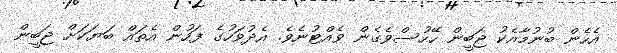
އެހެން ބުނުމާއެކު ޖަބީން ހޭހުސްވެގެން ވެއްޓުނެވެ. އެދުވަހުގެ ފަހުން އެތައް ބަޔަކަށް ޖަބީން